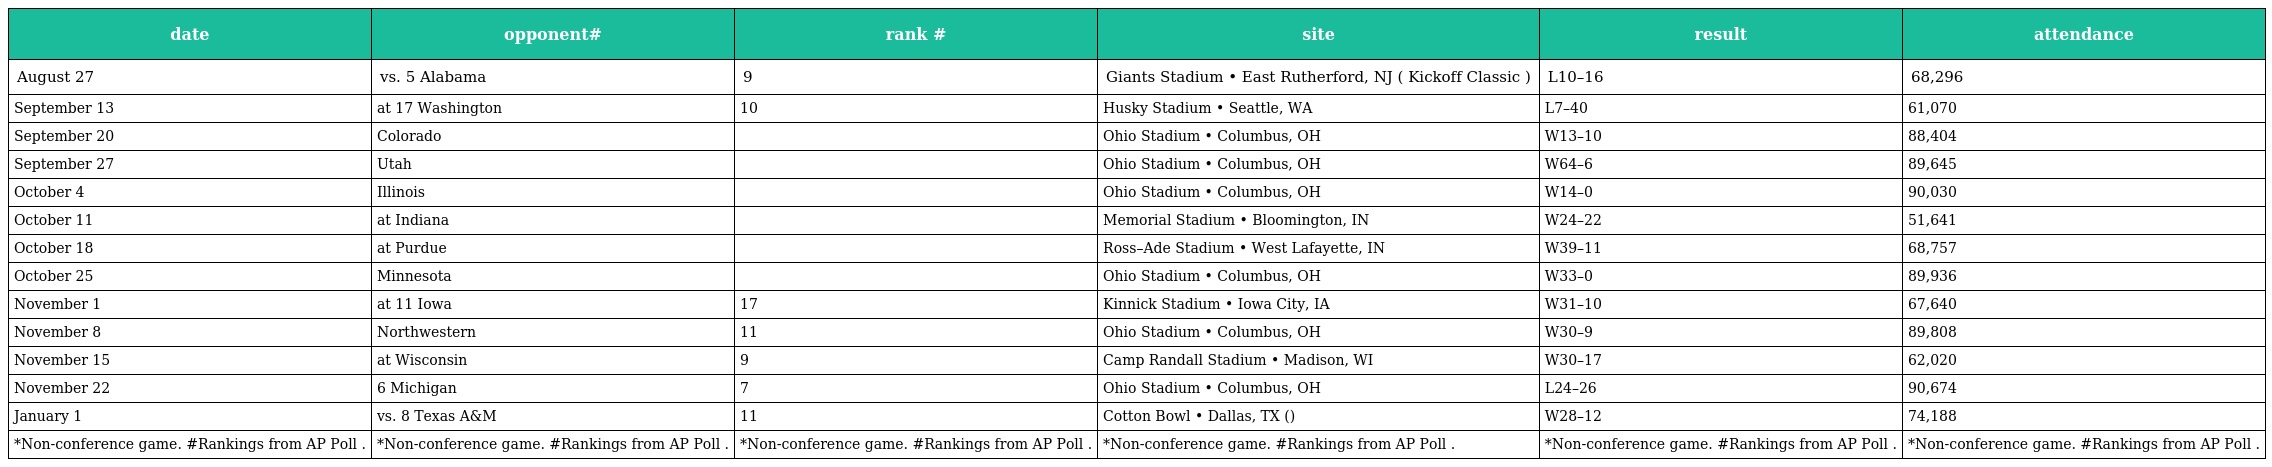
| date | opponent# | rank # | site | result | attendance |
 | --- | --- | --- | --- | --- | --- |
 | August 27 | vs. 5 Alabama | 9 | Giants Stadium • East Rutherford, NJ ( Kickoff Classic ) | L10–16 | 68,296 |
 | September 13 | at 17 Washington | 10 | Husky Stadium • Seattle, WA | L7–40 | 61,070 |
 | September 20 | Colorado |  | Ohio Stadium • Columbus, OH | W13–10 | 88,404 |
 | September 27 | Utah |  | Ohio Stadium • Columbus, OH | W64–6 | 89,645 |
 | October 4 | Illinois |  | Ohio Stadium • Columbus, OH | W14–0 | 90,030 |
 | October 11 | at Indiana |  | Memorial Stadium • Bloomington, IN | W24–22 | 51,641 |
 | October 18 | at Purdue |  | Ross–Ade Stadium • West Lafayette, IN | W39–11 | 68,757 |
 | October 25 | Minnesota |  | Ohio Stadium • Columbus, OH | W33–0 | 89,936 |
 | November 1 | at 11 Iowa | 17 | Kinnick Stadium • Iowa City, IA | W31–10 | 67,640 |
 | November 8 | Northwestern | 11 | Ohio Stadium • Columbus, OH | W30–9 | 89,808 |
 | November 15 | at Wisconsin | 9 | Camp Randall Stadium • Madison, WI | W30–17 | 62,020 |
 | November 22 | 6 Michigan | 7 | Ohio Stadium • Columbus, OH | L24–26 | 90,674 |
 | January 1 | vs. 8 Texas A&M | 11 | Cotton Bowl • Dallas, TX () | W28–12 | 74,188 |
 | *Non-conference game. #Rankings from AP Poll . | *Non-conference game. #Rankings from AP Poll . | *Non-conference game. #Rankings from AP Poll . | *Non-conference game. #Rankings from AP Poll . | *Non-conference game. #Rankings from AP Poll . | *Non-conference game. #Rankings from AP Poll . |